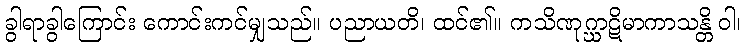
ခွါရာခွါကြောင်း ကောင်းကင်မျှသည်။ ပညာယတိ၊ ထင်၏။ ကသိဏုဂ္ဃာဋိမာကာသန္တိ ဝါ၊